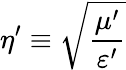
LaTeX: \eta^{\prime}\equiv\sqrt{\frac{\mu^{\prime}}{\varepsilon^{\prime}}}